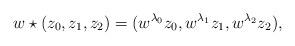
LaTeX: \begin{align*}w\star(z_0,z_1,z_2) = (w^{\lambda_0} z_0, w^{\lambda_1} z_1, w^{\lambda_2} z_2),\end{align*}